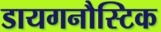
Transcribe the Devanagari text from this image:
डायगनौस्टिक